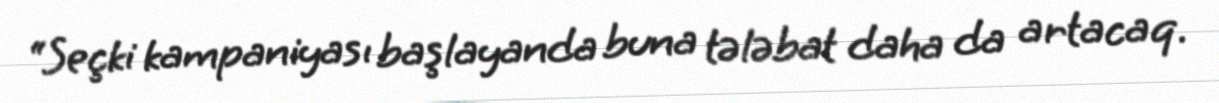
“Seçki kampaniyası başlayanda buna tələbat daha da artacaq.